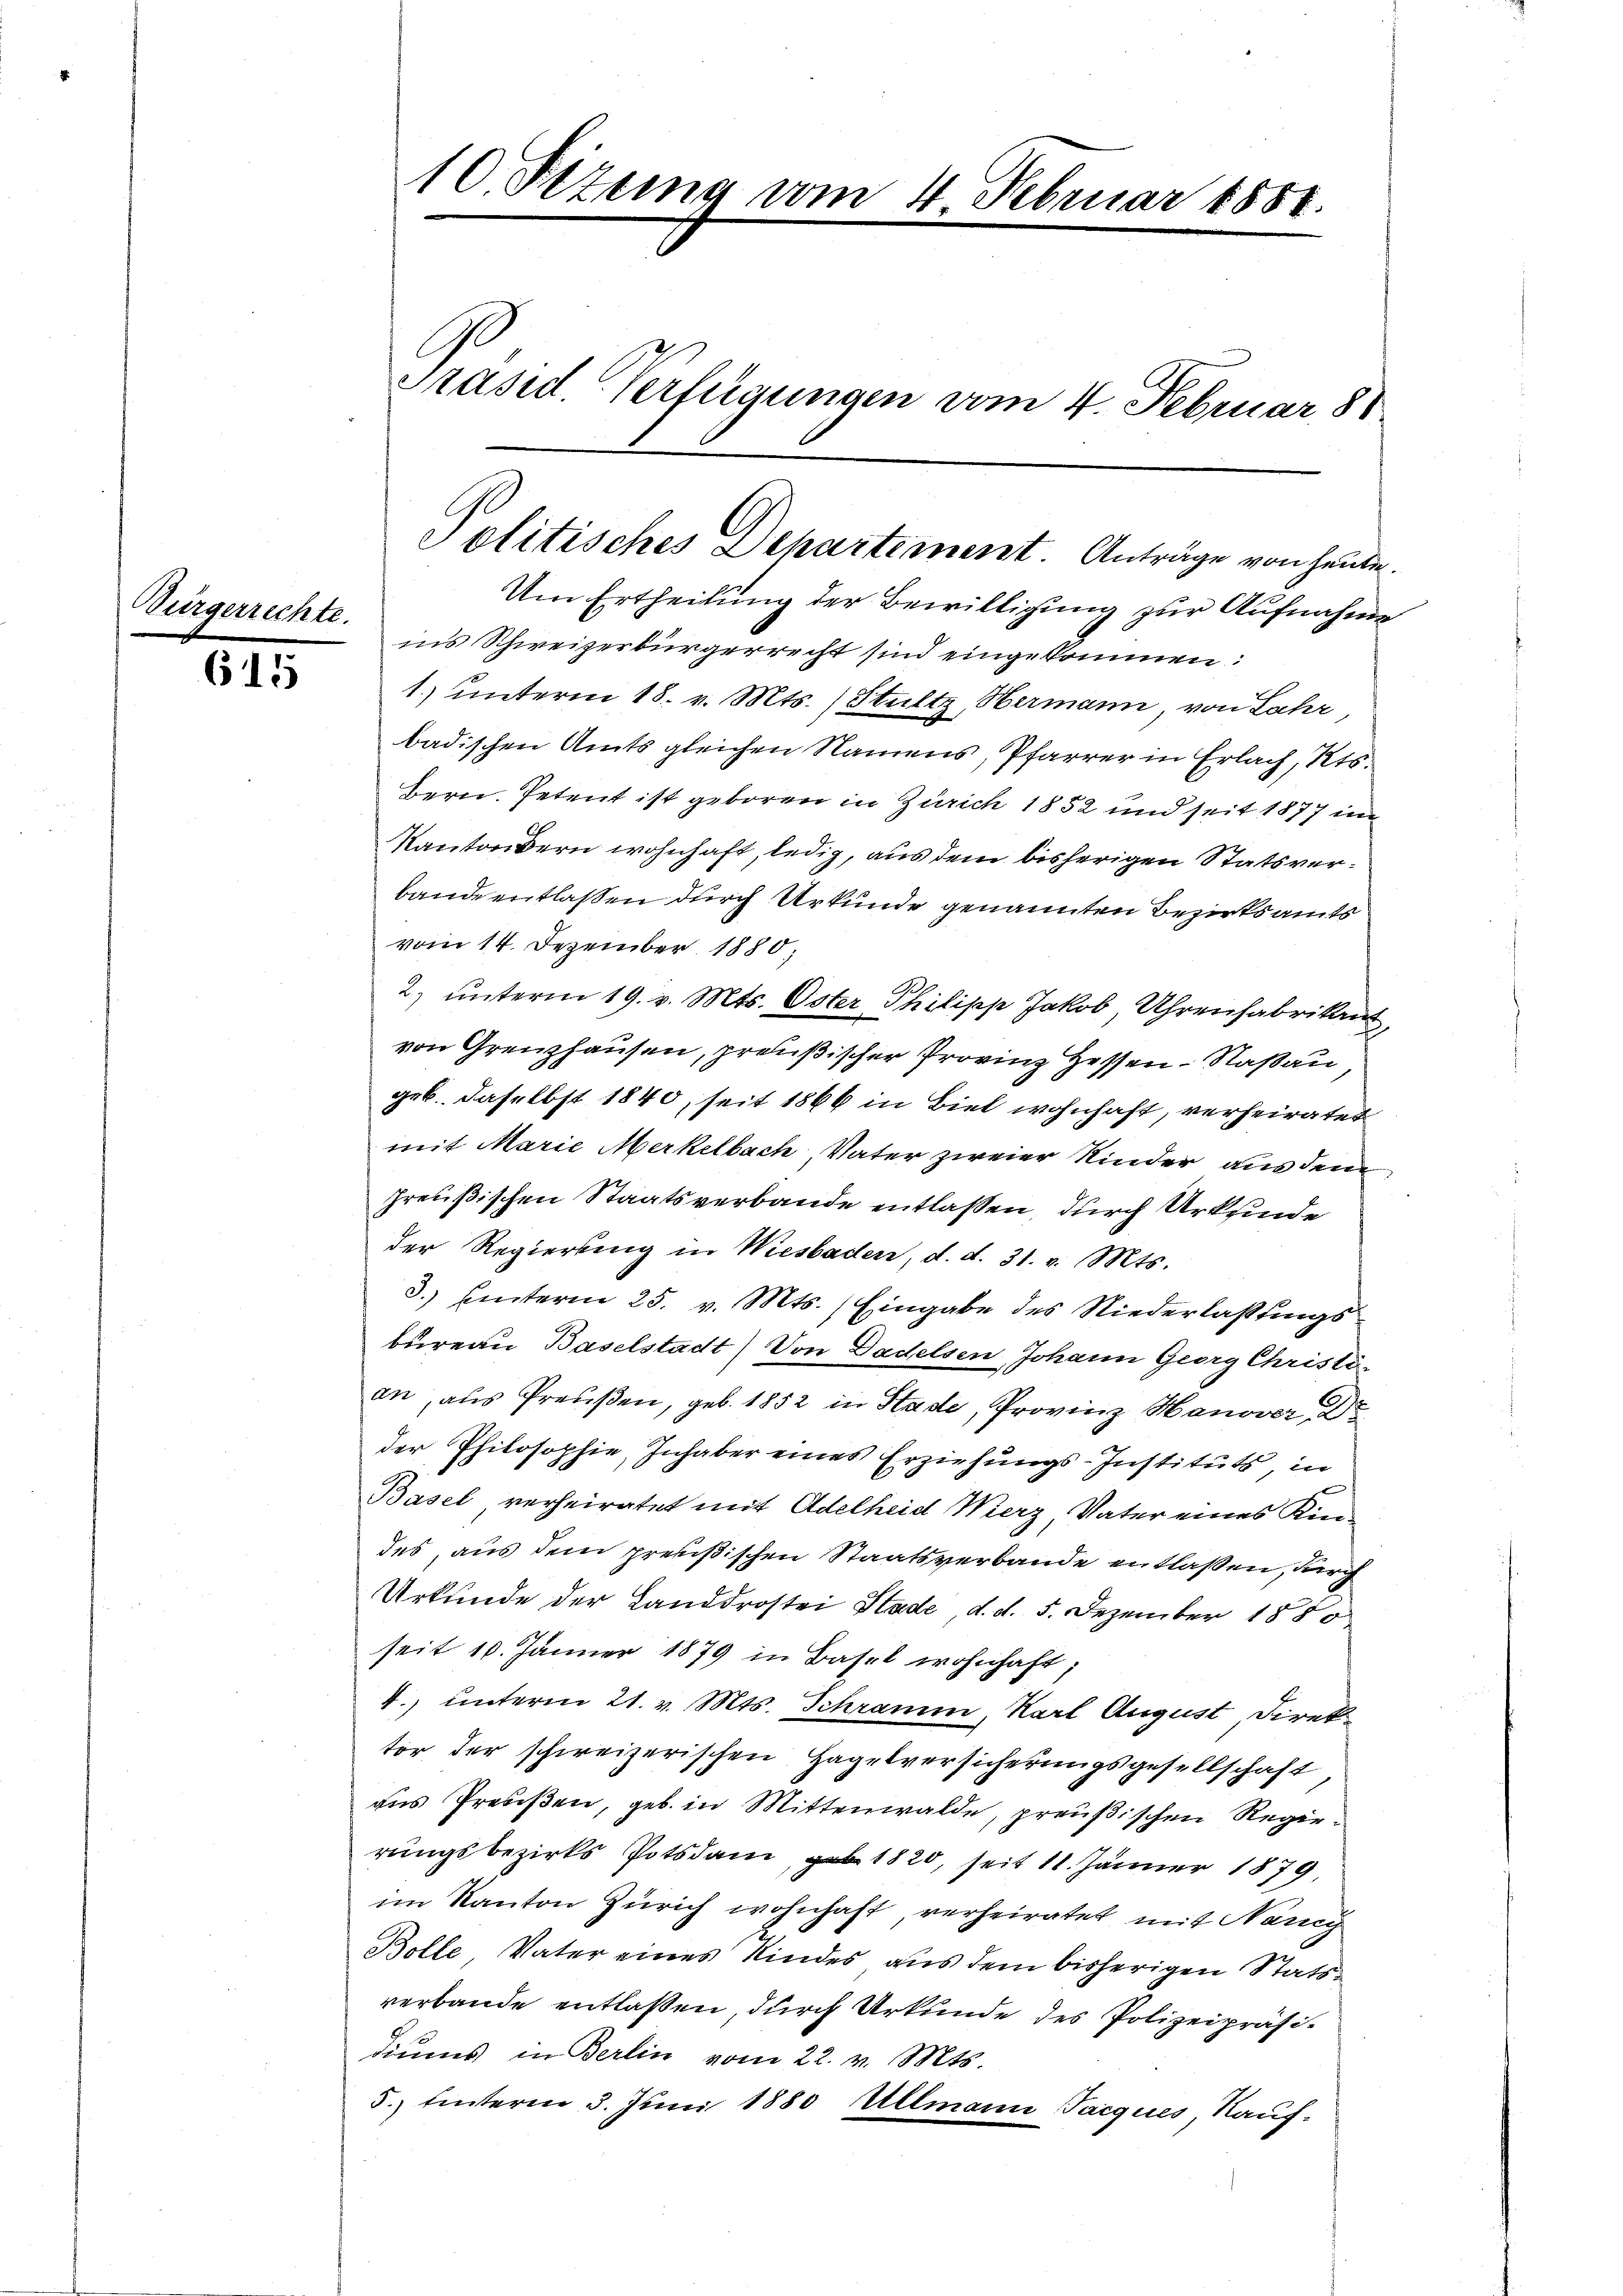
Au

615

rechte.

10 Sizung vom 4. Februar 1851.
Präsid. Verfügungen vom 4. Februar 88

Politisches Departement Anträge von heute.

Um Ertheilung der Bewilligung zur Aufnahme
nis Schweizerbürgerrecht sind eingekommen:
1) unterm 18. v. Mts. (Stultz, Hermann, von Jahr,
badischen Amts gleichen Namens, Pfarrer in Erlach, Kts.
Bern. Petent ist geboren in Zürich 1852 und seit 1877 im
Kantonsern wohnhaft, ledig, aus dem bisherigen Statsverbande entlassen durch Urkunde genannten Bezirksamts
vom 14. Dezember 1880;
2) unterm 19. v. Mts. Oster Philipp Jakob Uhrenfabrikant,
von Grenzhausen, preußischer Provinz Hessen-Naßau
geb. daselbst 1840, seit 1866 in Biel wohnhaft, verheirater
mit Marie Merkelbach Vater zweier Kinder aus dem
Preußischen Staatsverbande entlassen, durch Urkunde
der Regierung in Wiesbaden, d. d. 31. v. Mts.
3.) hinterm 25. v. Mts. Eingabe des Niederlaßungsbureau Baselstadt) Von Dadelsen, Johann Georg Christi-
an, aus Preußen, geb. 1852 in Stade, Provinz Hanover, Dr
der Philosophie, Inhaber eines Erziehungs-Instituts, in
Basel verheiratet mit Adelheid Wierz Vater eines Kin-
des, aus dem preußischen Staatsverbande entlaßen, durch
Urkunde der Landdrostei Stade, d. d. 5. Dezember 1880
seit 10. Jänner 1879 in Basel wohnhaft;
4.) unterm 21. v. Mts. Schramm, Karl August, Direktor der schweizerischen Hagelversicherungsgesellschaft
aus Preußen, geb. in Mittenwalde, preußischen Regie
rungsbezirks Potsdam, geb. 1820, seit 11. Jänner 1879,
im Kanton Zürich wohnhaft verheiratet mit Nancy
Bolle, Vater eines Kindes aus dem bisherigen Stattverbande entlaßen, durch Urkunde des Polizeipräsidiums in Berlin vom 22. v. Mts.
5.) hinterm 3. Juni 1880 Ullmann Jacques, Kauf-